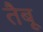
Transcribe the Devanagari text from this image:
तैबू